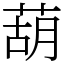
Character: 葫